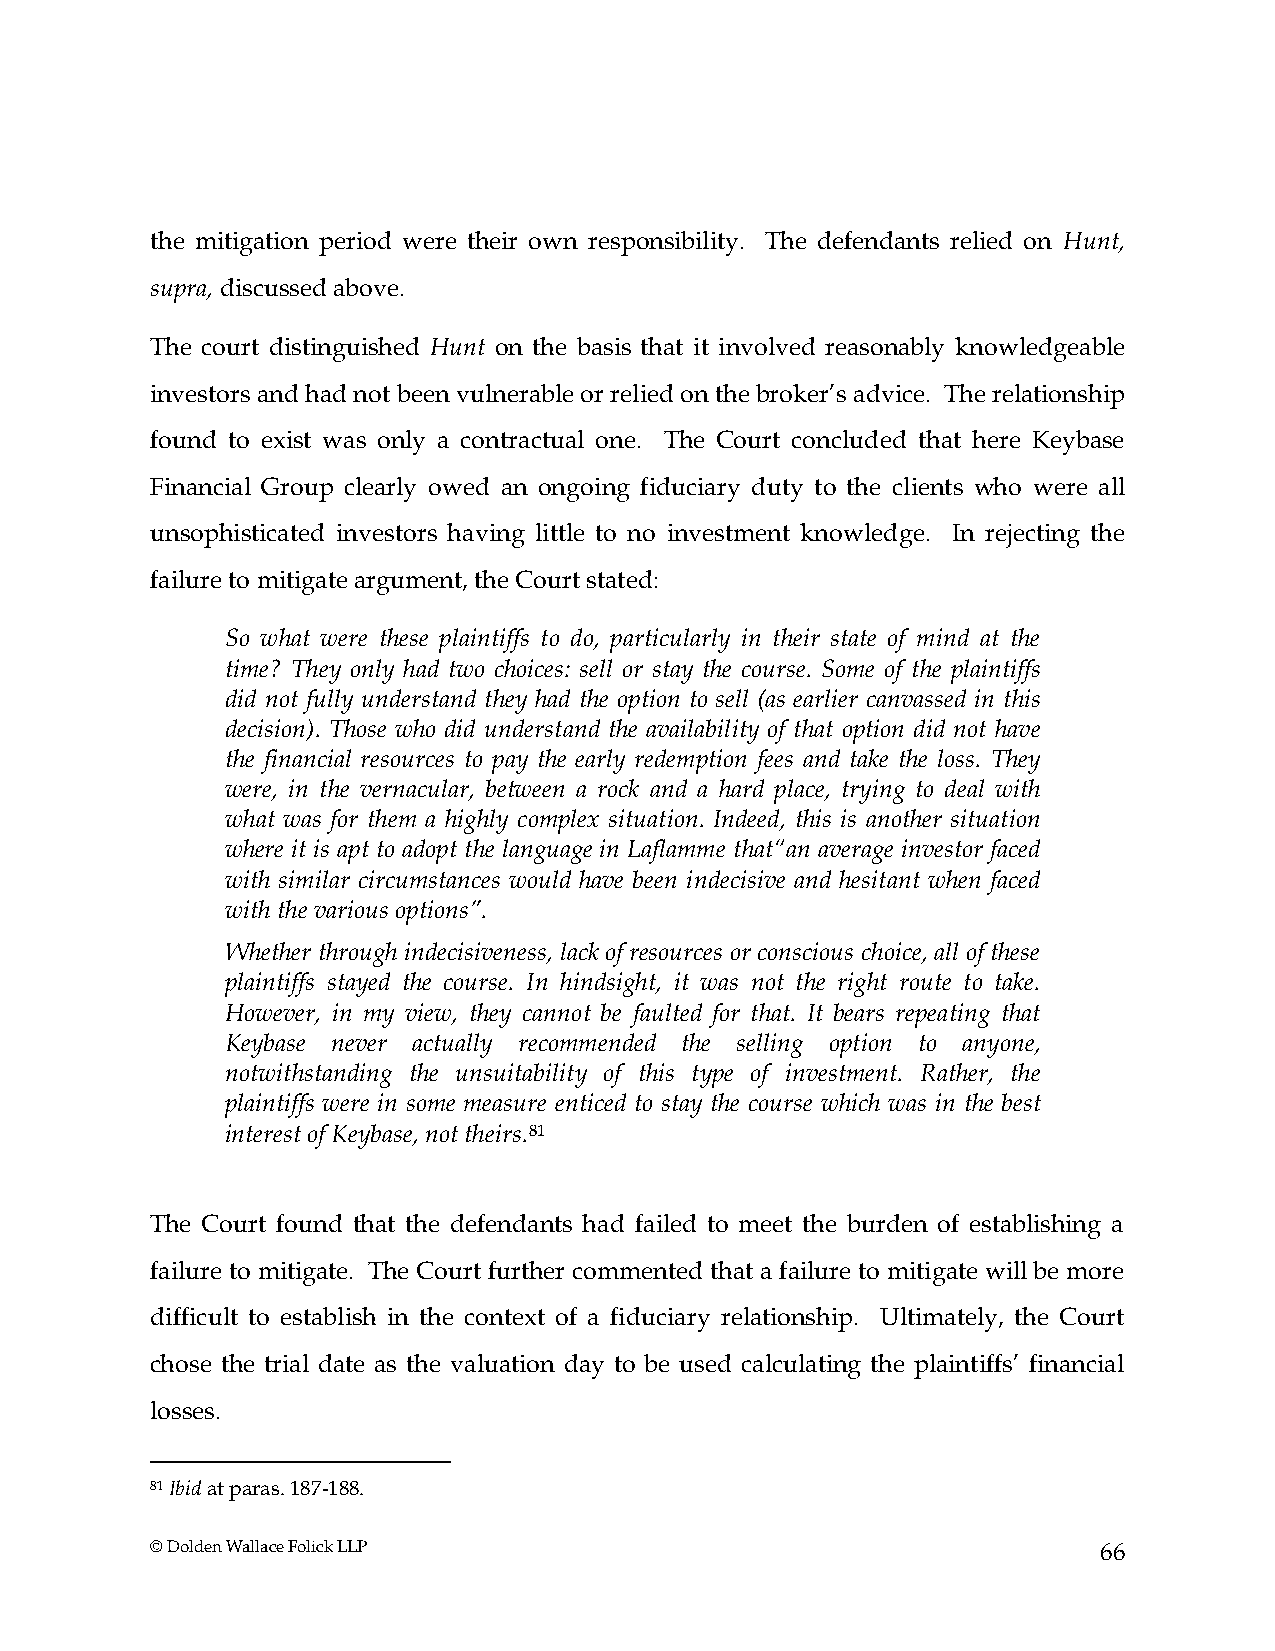
the mitigation period were their own responsibility. The defendants relied on Hunt,
 supra, discussed above.
 The court distinguished Hunt on the basis that it involved reasonably knowledgeable
 investors and had not been vulnerable or relied on the broker’s advice. The relationship
 found to exist was only a contractual one. The Court concluded that here Keybase
 Financial Group clearly owed an ongoing fiduciary duty to the clients who were all
 unsophisticated investors having little to no investment knowledge. In rejecting the
 failure to mitigate argument, the Court stated:
 So what were these plaintiffs to do, particularly in their state of mind at the
 time? They only had two choices: sell or stay the course. Some of the plaintiffs
 did not fully understand they had the option to sell (as earlier canvassed in this
 decision). Those who did understand the availability of that option did not have
 the financial resources to pay the early redemption fees and take the loss. They
 were, in the vernacular, between a rock and a hard place, trying to deal with
 what was for them a highly complex situation. Indeed, this is another situation
 where it is apt to adopt the language in Laflamme that“an average investor faced
 with similar circumstances would have been indecisive and hesitant when faced
 with the various options”.
 Whether through indecisiveness, lack of resources or conscious choice, all of these
 plaintiffs stayed the course. In hindsight, it was not the right route to take.
 However, in my view, they cannot be faulted for that. It bears repeating that
 Keybase never actually recommended the selling option to anyone,
 notwithstanding the unsuitability of this type of investment. Rather, the
 plaintiffs were in some measure enticed to stay the course which was in the best
 interest of Keybase, not theirs.81
 The Court found that the defendants had failed to meet the burden of establishing a
 failure to mitigate. The Court further commented that a failure to mitigate will be more
 difficult to establish in the context of a fiduciary relationship. Ultimately, the Court
 chose the trial date as the valuation day to be used calculating the plaintiffs’ financial
 losses.
 81 Ibid at paras. 187-188.
 © Dolden Wallace Folick LLP                                    66